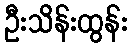
ဦးသိန်းထွန်း